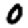
Digit: 0